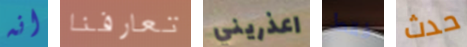
انه تعارفنا اعذريني فقط حدث